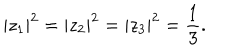
| z _ { 1 } | ^ { 2 } = | z _ { 2 } | ^ { 2 } = | z _ { 3 } | ^ { 2 } = \frac { 1 } { 3 } .